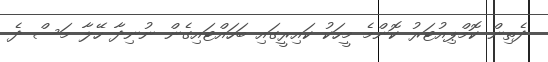
ދެތިން ކޮމްޕިއުޓަރު ކޮންމެ މީހަކު ކައިރީގައި ބަހައްޓައިގެން ނުނިދާ ހޭލާ މަސް ދެ